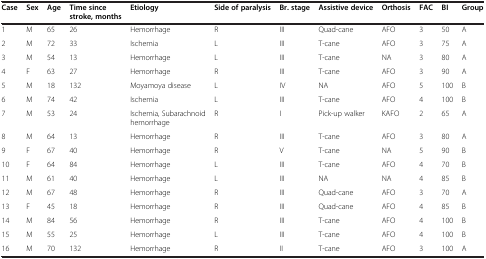
<table><thead><tr><td><b>Case</b></td><td><b>Sex</b></td><td><b>Age</b></td><td><b>Time since stroke, months</b></td><td><b>Etiology</b></td><td><b>Side of paralysis</b></td><td><b>Br. stage</b></td><td><b>Assistive device</b></td><td><b>Orthosis</b></td><td><b>FAC</b></td><td><b>BI</b></td><td><b>Group</b></td></tr></thead><tbody><tr><td>1</td><td>M</td><td>65</td><td>26</td><td>Hemorrhage</td><td>R</td><td>III</td><td>Quad-cane</td><td>AFO</td><td>3</td><td>50</td><td>A</td></tr><tr><td>2</td><td>M</td><td>72</td><td>33</td><td>Ischemia</td><td>L</td><td>III</td><td>T-cane</td><td>AFO</td><td>3</td><td>75</td><td>A</td></tr><tr><td>3</td><td>M</td><td>54</td><td>13</td><td>Hemorrhage</td><td>L</td><td>III</td><td>T-cane</td><td>NA</td><td>3</td><td>80</td><td>A</td></tr><tr><td>4</td><td>F</td><td>63</td><td>27</td><td>Hemorrhage</td><td>R</td><td>III</td><td>T-cane</td><td>AFO</td><td>3</td><td>90</td><td>A</td></tr><tr><td>5</td><td>M</td><td>18</td><td>132</td><td>Moyamoya disease</td><td>L</td><td>IV</td><td>NA</td><td>AFO</td><td>5</td><td>100</td><td>B</td></tr><tr><td>6</td><td>M</td><td>74</td><td>42</td><td>Ischemia</td><td>L</td><td>III</td><td>T-cane</td><td>AFO</td><td>4</td><td>100</td><td>B</td></tr><tr><td>7</td><td>M</td><td>53</td><td>24</td><td>Ischemia, Subarachnoid hemorrhage</td><td>R</td><td>I</td><td>Pick-up walker</td><td>KAFO</td><td>2</td><td>65</td><td>A</td></tr><tr><td>8</td><td>M</td><td>64</td><td>13</td><td>Hemorrhage</td><td>R</td><td>III</td><td>T-cane</td><td>AFO</td><td>3</td><td>80</td><td>A</td></tr><tr><td>9</td><td>F</td><td>67</td><td>40</td><td>Hemorrhage</td><td>R</td><td>V</td><td>T-cane</td><td>NA</td><td>5</td><td>90</td><td>B</td></tr><tr><td>10</td><td>F</td><td>64</td><td>84</td><td>Hemorrhage</td><td>L</td><td>III</td><td>T-cane</td><td>AFO</td><td>4</td><td>70</td><td>B</td></tr><tr><td>11</td><td>M</td><td>61</td><td>40</td><td>Hemorrhage</td><td>L</td><td>III</td><td>NA</td><td>NA</td><td>4</td><td>85</td><td>B</td></tr><tr><td>12</td><td>M</td><td>67</td><td>48</td><td>Hemorrhage</td><td>R</td><td>III</td><td>Quad-cane</td><td>AFO</td><td>3</td><td>70</td><td>A</td></tr><tr><td>13</td><td>F</td><td>45</td><td>18</td><td>Hemorrhage</td><td>R</td><td>III</td><td>Quad-cane</td><td>AFO</td><td>4</td><td>85</td><td>B</td></tr><tr><td>14</td><td>M</td><td>84</td><td>56</td><td>Hemorrhage</td><td>R</td><td>III</td><td>T-cane</td><td>AFO</td><td>4</td><td>100</td><td>B</td></tr><tr><td>15</td><td>M</td><td>55</td><td>25</td><td>Hemorrhage</td><td>L</td><td>III</td><td>T-cane</td><td>AFO</td><td>4</td><td>100</td><td>B</td></tr><tr><td>16</td><td>M</td><td>70</td><td>132</td><td>Hemorrhage</td><td>R</td><td>II</td><td>T-cane</td><td>AFO</td><td>3</td><td>100</td><td>A</td></tr></tbody></table>